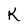
Character: K